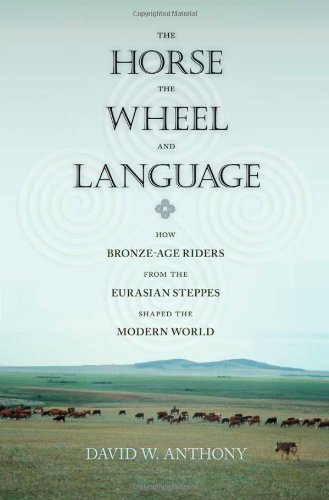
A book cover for The Horse, the Wheel, and Language: How Bronze-Age Riders from the Eurasian Steppes Shaped the Modern World; David W. Anthony; History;